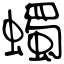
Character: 蠋